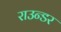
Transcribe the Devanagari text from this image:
राउन्डर